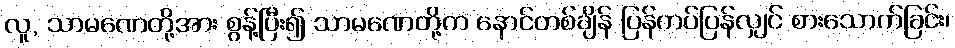
လူ, သာမဏေတို့အား စွန့်ပြီး၍ သာမဏေတို့က နောင်တစ်ချိန် ပြန်ကပ်ပြန်လျှင် စားသောက်ခြင်း၊